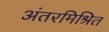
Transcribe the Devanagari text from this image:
अंतरमिश्रित